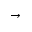
\to